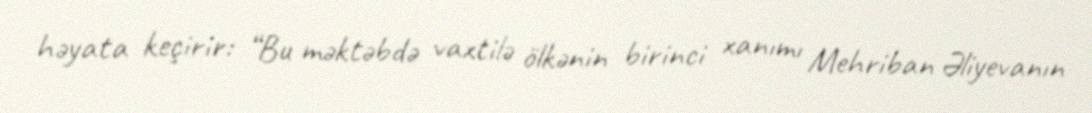
həyata keçirir: “Bu məktəbdə vaxtilə ölkənin birinci xanımı Mehriban Əliyevanın